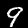
Digit: 9